Lunatic asylums Central Provinces reports 1895-1909 - 1895-1909
Year: 1895
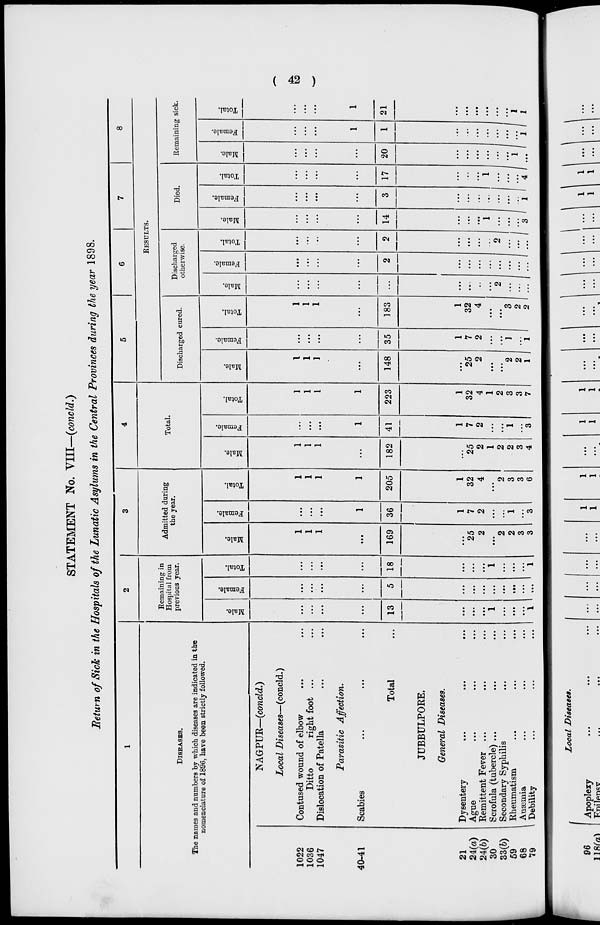
( 42 )
STATEMENT No. VIII—(concld.)
Return of Sick in the Hospitals of the Lunatic Asylums in the Central Provinces during the year 1898.
1
DISEASES.
The names and numbers by which diseases are indicated in the
nomenclature of 1896, have been strictly followed.
1022
1036
1047
40-41
21
24(a)
24(b)
30
33(b)
59
68
79
NAGPUR—(concld.)
Local Diseases—(concld.)
Contused wound of elbow ... ...
Ditto
right foot ... ...
Dislocation of Patella ... ...
Parasitic Affection.
Scabies ... ... ...
Total ...
JUBBULPORE.
General Diseases.
Dysentery ... ... ...
Ague ... ... ...
Remittent Fever ... ... ...
Scrofula (tubercle) ... ... ...
Secondary Syphilis ... ...
Rheumatism ... ... ...
Anæmia ... ... ...
Debility ... ... ...
2
Remaining in
Hospital from
previous year.
Male.
...
...
...
...
13
...
...
...
1
...
...
...
1
Female.
...
...
...
...
5
...
...
...
...
...
...
...
...
Total.
...
...
...
...
18
...
...
...
1
...
...
...
1
3
Admitted during
the year.
Male.
1
1
1
...
169
...
25
2
...
2
2
3
3
Female.
...
...
...
1
36
1
7
2
...
...
1
...
3
Total.
1
1
1
1
205
1
32
4
...
2
3
3
6
4
Total.
Male.
1
1
1
...
182
...
25
2
1
2
2
3
4
Female.
...
...
...
1
41
1
7
2
...
...
1
...
3
Total.
1
1
1
1
223
1
32
4
1
2
3
3
7
5
6
7
8
RESULTS.
Discharged cured.
Male.
1
1
1
...
148
...
25
2
...
...
2
2
1
Female.
...
...
...
...
35
1
7
2
...
...
1
...
1
Total.
1
1
1
...
183
1
32
4
...
...
3
2
2
Discharged
otherwise.
Male.
...
...
...
...
...
...
...
...
...
2
...
...
...
Female.
...
...
...
...
2
...
...
...
...
...
...
...
...
Total.
...
...
...
...
2
...
...
...
2
...
...
...
Died.
Male.
...
...
...
...
14
...
...
...
1
...
...
...
3
Female.
...
...
...
...
3
...
...
...
...
...
...
...
1
Total.
...
...
...
...
17
...
...
...
1
...
...
...
4
Remaining sick.
Male.
...
...
...
...
20
...
...
...
...
...
...
1
...
Female.
...
...
...
1
1
...
...
...
...
...
...
...
1
Total.
...
...
...
1
21
...
...
...
...
...
...
1
1